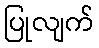
ပြုလျက်